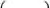
( )